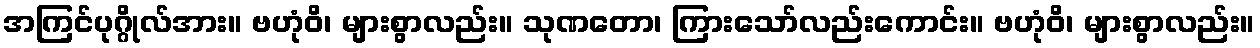
အကြင်ပုဂ္ဂိုလ်အား။ ဗဟုံဝိ၊ များစွာလည်း။ သုဏတော၊ ကြားသော်လည်းကောင်း။ ဗဟုံဝိ၊ များစွာလည်း။